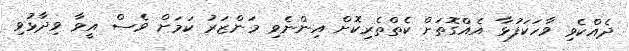
ދެއްކެވި ވާހަކަފުޅާ އެއްގޮތަށް ކެތްތެރިކޮށް އިންނެވި މަންޒަރު ކަމަށް ވެސް އީވާ ވިދާޅުވި